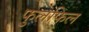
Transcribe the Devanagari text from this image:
फुलफिल